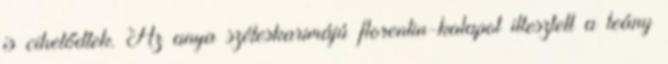
is cihelődtek. Az anya széleskarimájú florentin-kalapot illesztett a leány